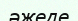
әжеде